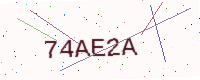
Text: 74AE2A